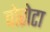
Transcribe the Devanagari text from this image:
वोरोटा